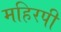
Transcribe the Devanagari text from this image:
महिरपी